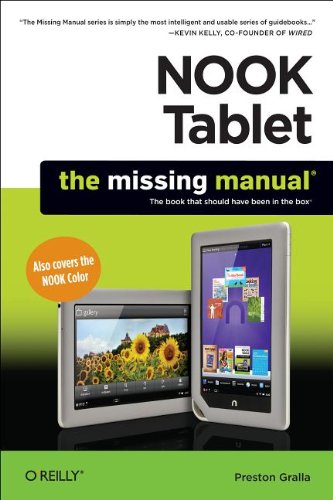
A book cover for NOOK Tablet: The Missing Manual (Missing Manuals); Preston Gralla; Computers & Technology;